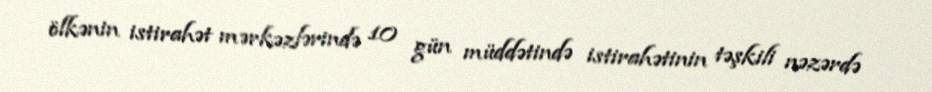
ölkənin istirahət mərkəzlərində 10 gün müddətində istirahətinin təşkili nəzərdə